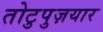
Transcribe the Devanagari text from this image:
तोटुपुज़यार